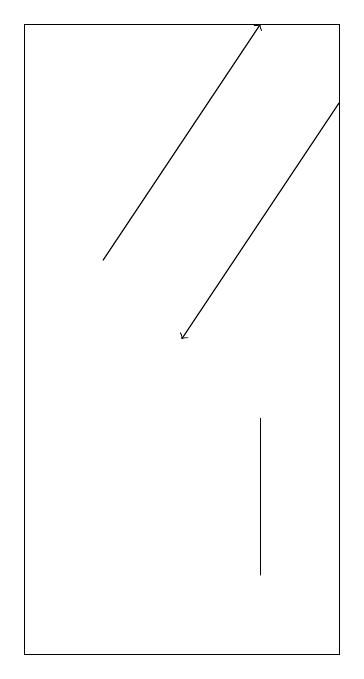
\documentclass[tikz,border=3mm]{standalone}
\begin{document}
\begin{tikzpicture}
\draw[->] (2,16) -- (4,19);
\draw (5,19) rectangle (1,11);
\draw (4,12) rectangle (4,14);
\draw[->] (5,18) -- (3,15);
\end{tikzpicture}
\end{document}